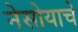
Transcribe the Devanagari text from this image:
नेसोयाचे